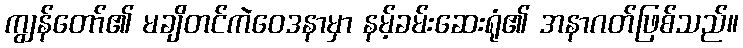
ကျွန်တော်၏ မချိတင်ကဲဝေဒနာမှာ နမ့်ခမ်းဆေးရုံ၏ အနာဂတ်ဖြစ်သည်။